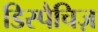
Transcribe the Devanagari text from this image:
डिस्पैचिज़